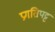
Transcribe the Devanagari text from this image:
प्रगतिपट्ट